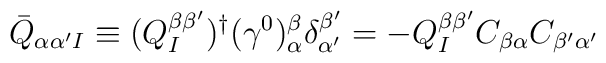
\bar{Q}_{\alpha\alpha'I}\equiv (Q_I^{\beta\beta'})^{\dagger}(\gamma^0)_{\alpha}^{\beta}\delta_{\alpha'}^{\beta'}=-Q_I^{\beta\beta'}C_{\beta\alpha}C_{\beta'\alpha'}